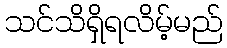
သင်သိရှိရလိမ့်မည်